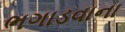
ભગાડવાના